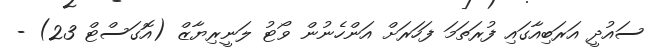
ސައުދީ އަރަބިއާގައި ފުރަތަމަ ފަހަރަށް އަންހެނުން ވޯޓު ލަނީރިޔާޒް (އޮގަސްޓް 23) -